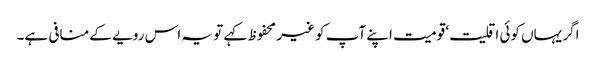
اگر یہاں کوئی اقلیت‘ قومیت اپنے آپ کو غیر محفوظ کہے تو یہ اس رویے کے منافی ہے۔